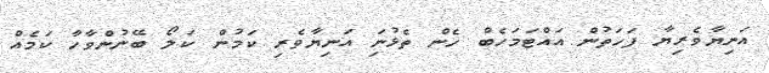
އަނިޔާވެރިޔާ ފަހަތުން އައްޓަމަހެބް ހެން ތެޅުނަި އަނިޔާވެރި ކަމުން ކަލޯ ބޭނުންވާހާ ކަމެއް